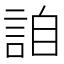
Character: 詯